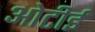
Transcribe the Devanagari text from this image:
ओटीई